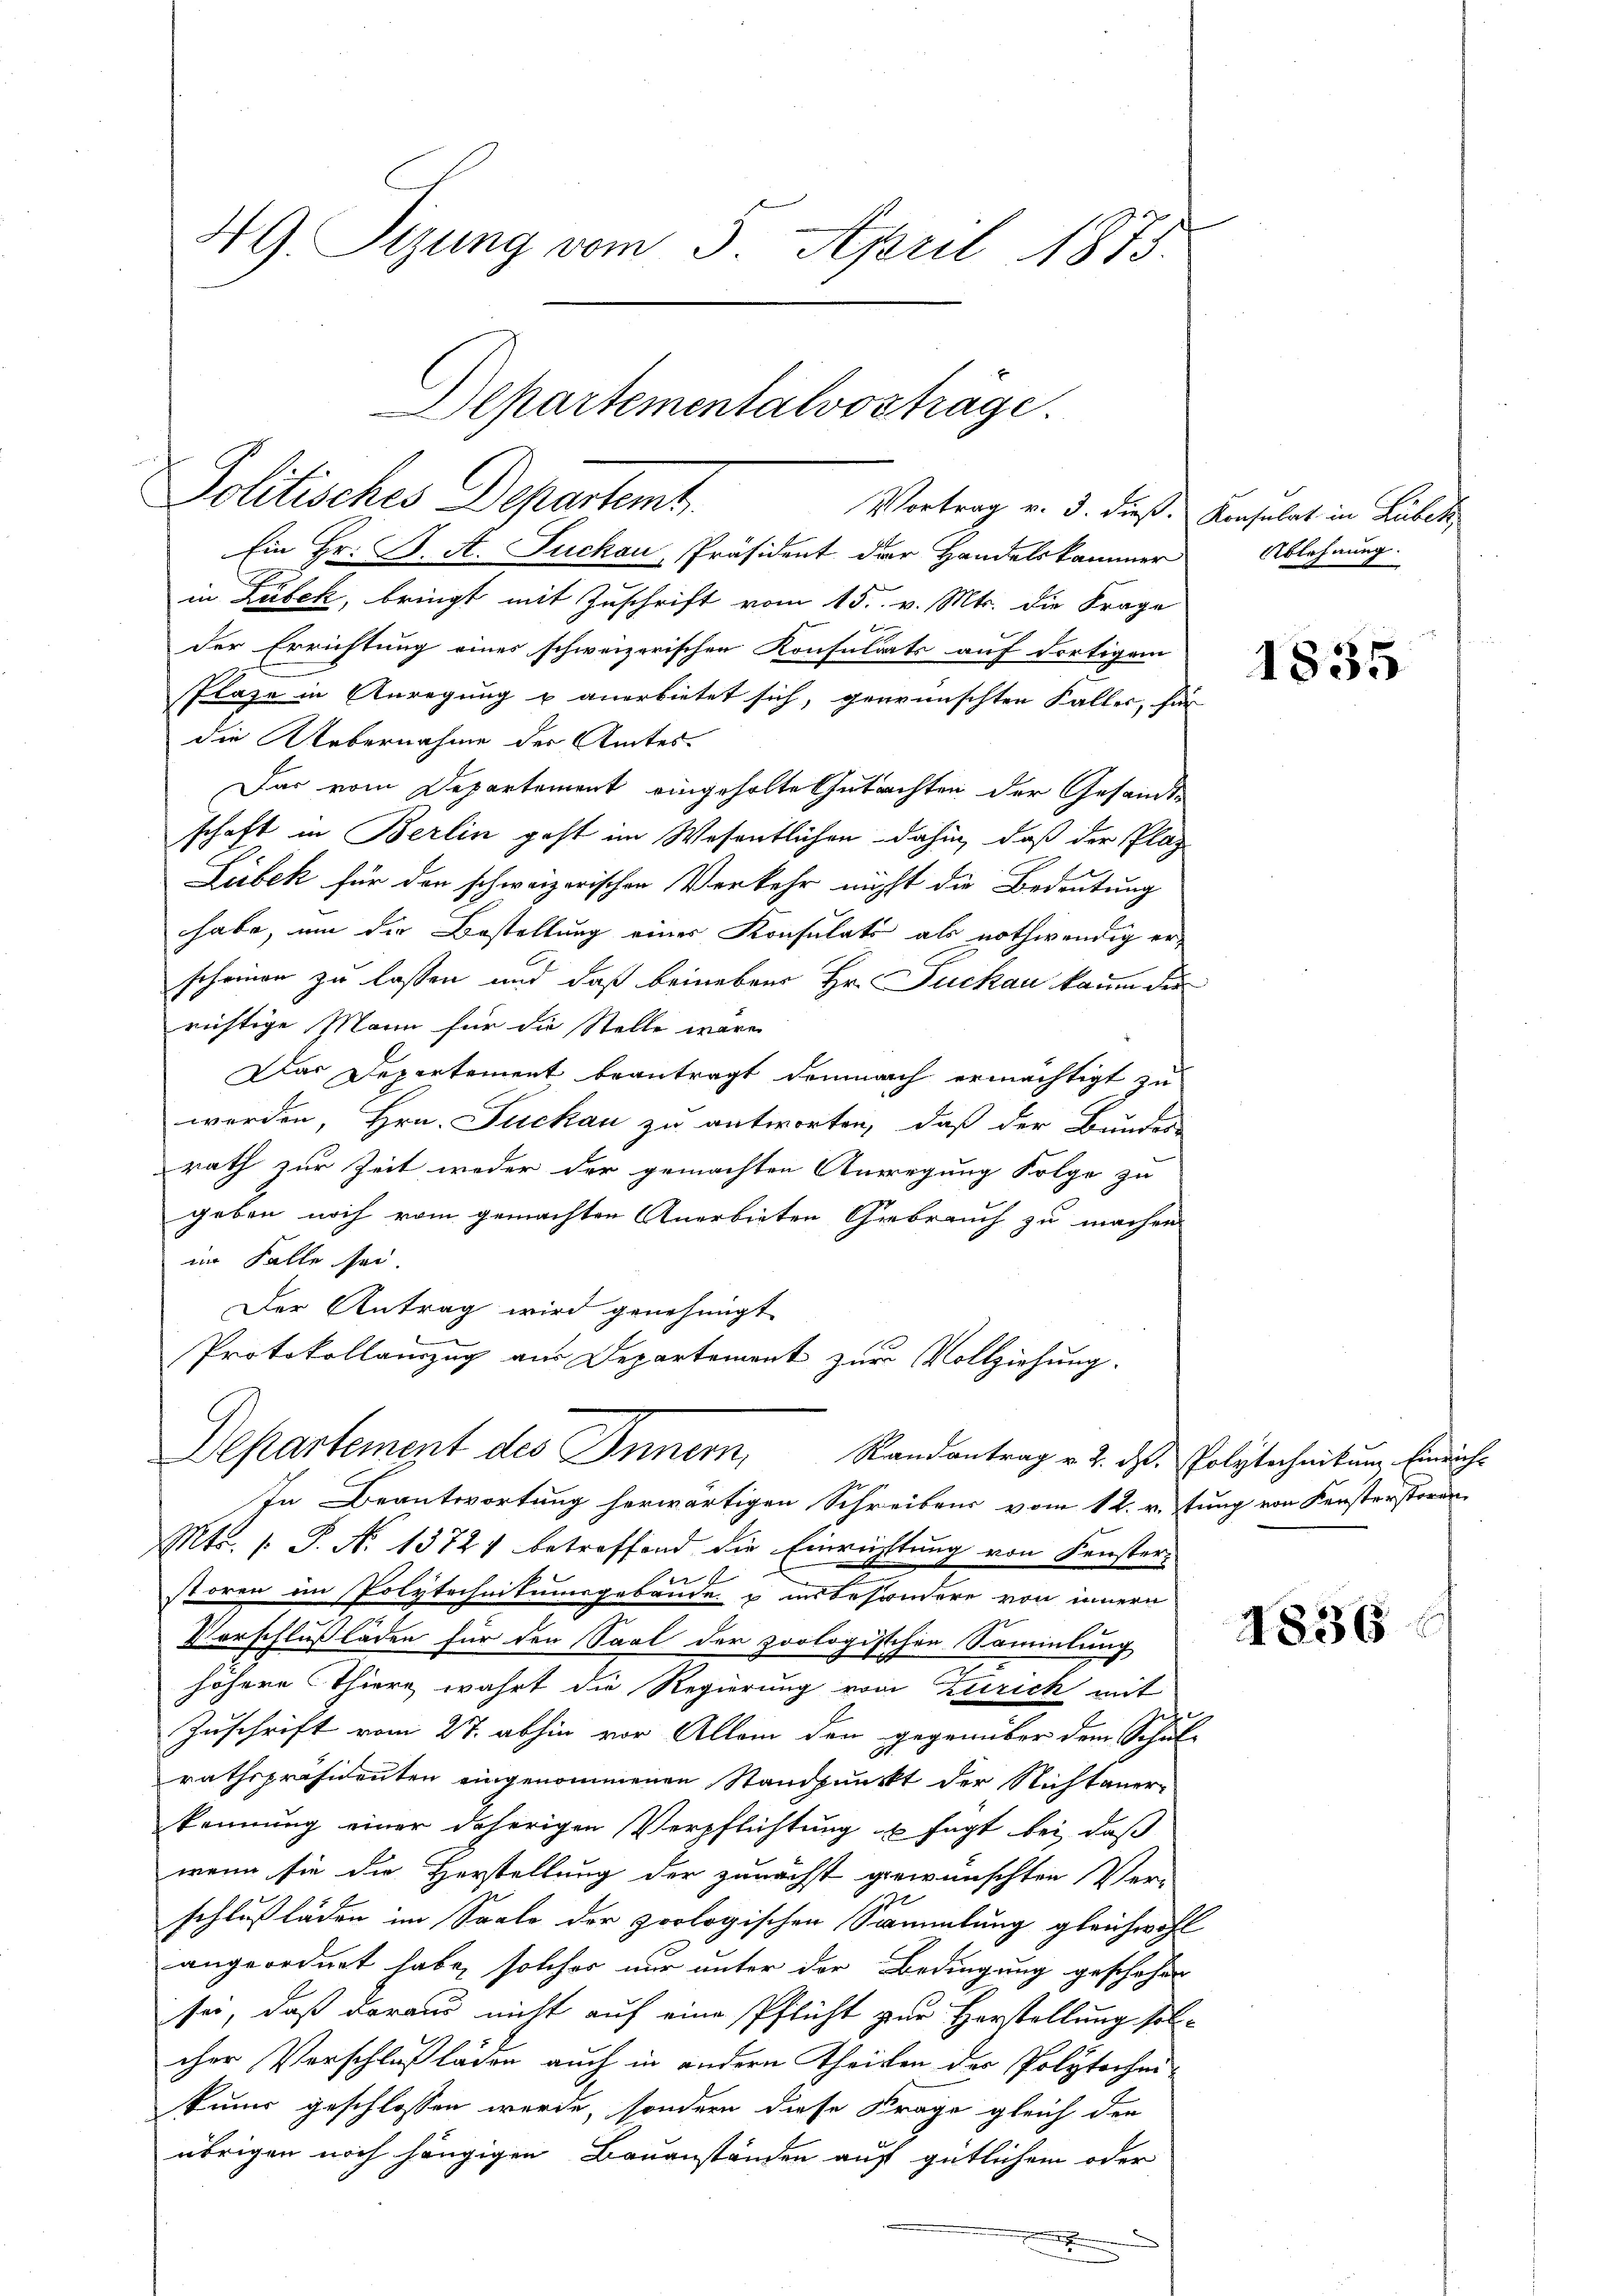
49. Sizung vom 5. April 1873.

Ein Hr. B. A. Juchau, Präsident der Handelskammer
I
in Zubek, bringt mit Zuschrift vom 15. v. Mts. die Frage
der Errichtung eines schweizerischen Konsulats auf dortigem
Plaze in Anregung u anerbietet sich, gewünschten Faller, für
die Uebernahme der Amtes.
Das vom Departement eingeholte Gutachten der Gesandte
schaft in Berlin geht im Wesentlichen dahin, daß der Plaz
Lubek für den schweizerischen Verkehr nicht die Bedeutung
habe, um die Bestellung einer Konsulats als nothwendig erscheinen zu lassen und daß keinebrer Hr. Juckau kaum die
richtige Mann für die Stelle wäre
Das Departement beantragt demnach ermächtigt zu
werden, Hrn. Fuckau zu antworten, daß der Bundes-
rath zur Zeit weder der gemachten Anwegung Folge zu
geben noch vom gemachten Anerbieten Gebrauch zu machen
im Falle sei.
Der Antrag wird genehmigt
Protokollauszug aus Departement zur Vollziehung.
Departement des Innern, Randantrag v. 2. ds. Polytechnikum Einrich¬
In Beantwortung herwärtigen Schreibens vom 12. v.tung von Kensterstören
Mts. 1. P. N. 1372) betreffend die Einrichtung von Fenster-
e
stören im Polytechnitumsgebäude u insbesondere von innern
Verschlußläden für den Saal der zoologischen Sammlung
höhere Thier wahrt die Regierung vom Zürich mit
Zuschrift vom 27. abhin vor Allem den gegenüber dem Schul-
rathspräsidenten eingenommenen Standpunkt der Nichtaner-
kennung einer daherigen Verpflichtung zu sagt bei, daß
wenn sie die Herstellung der zunächst gewünschten Ver-
schlußläden im Saale der zoologischen Sammlung gleichwohl
angeordnet habe, solches nur unter der Bedingung geschehen
sei, daß daraus nicht auf eine Pflicht zur Herstellung solcher Verschlußläden auch in andern Theilen der Polytecheikum geschlossen werde, sondern diese Frage gleich den
übrigen noch hängigen Bauanständen auf gütlichem oder

Departementalvosträge.
Politisches Departemt.
Vortrag v. 3. dieß. Konsulat in Lübeck

Ablehnung.

1835

1836